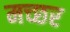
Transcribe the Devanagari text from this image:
मच्‍छर